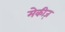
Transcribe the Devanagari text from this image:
मेकीज़